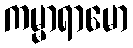
ကမ္မာရာမော